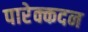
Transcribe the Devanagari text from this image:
पारेक्कदन